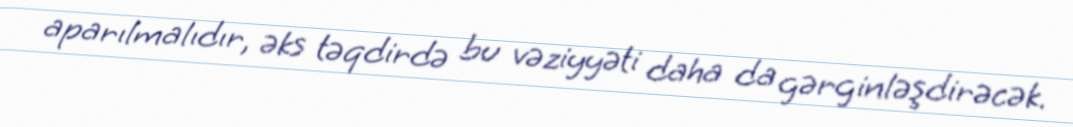
aparılmalıdır, əks təqdirdə bu vəziyyəti daha da gərginləşdirəcək.